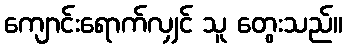
ကျောင်းရောက်လျှင် သူ တွေးသည်။